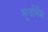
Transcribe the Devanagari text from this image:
भूगर्भिय